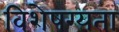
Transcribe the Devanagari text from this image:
विशेषग्यता